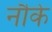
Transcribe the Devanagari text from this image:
नौके